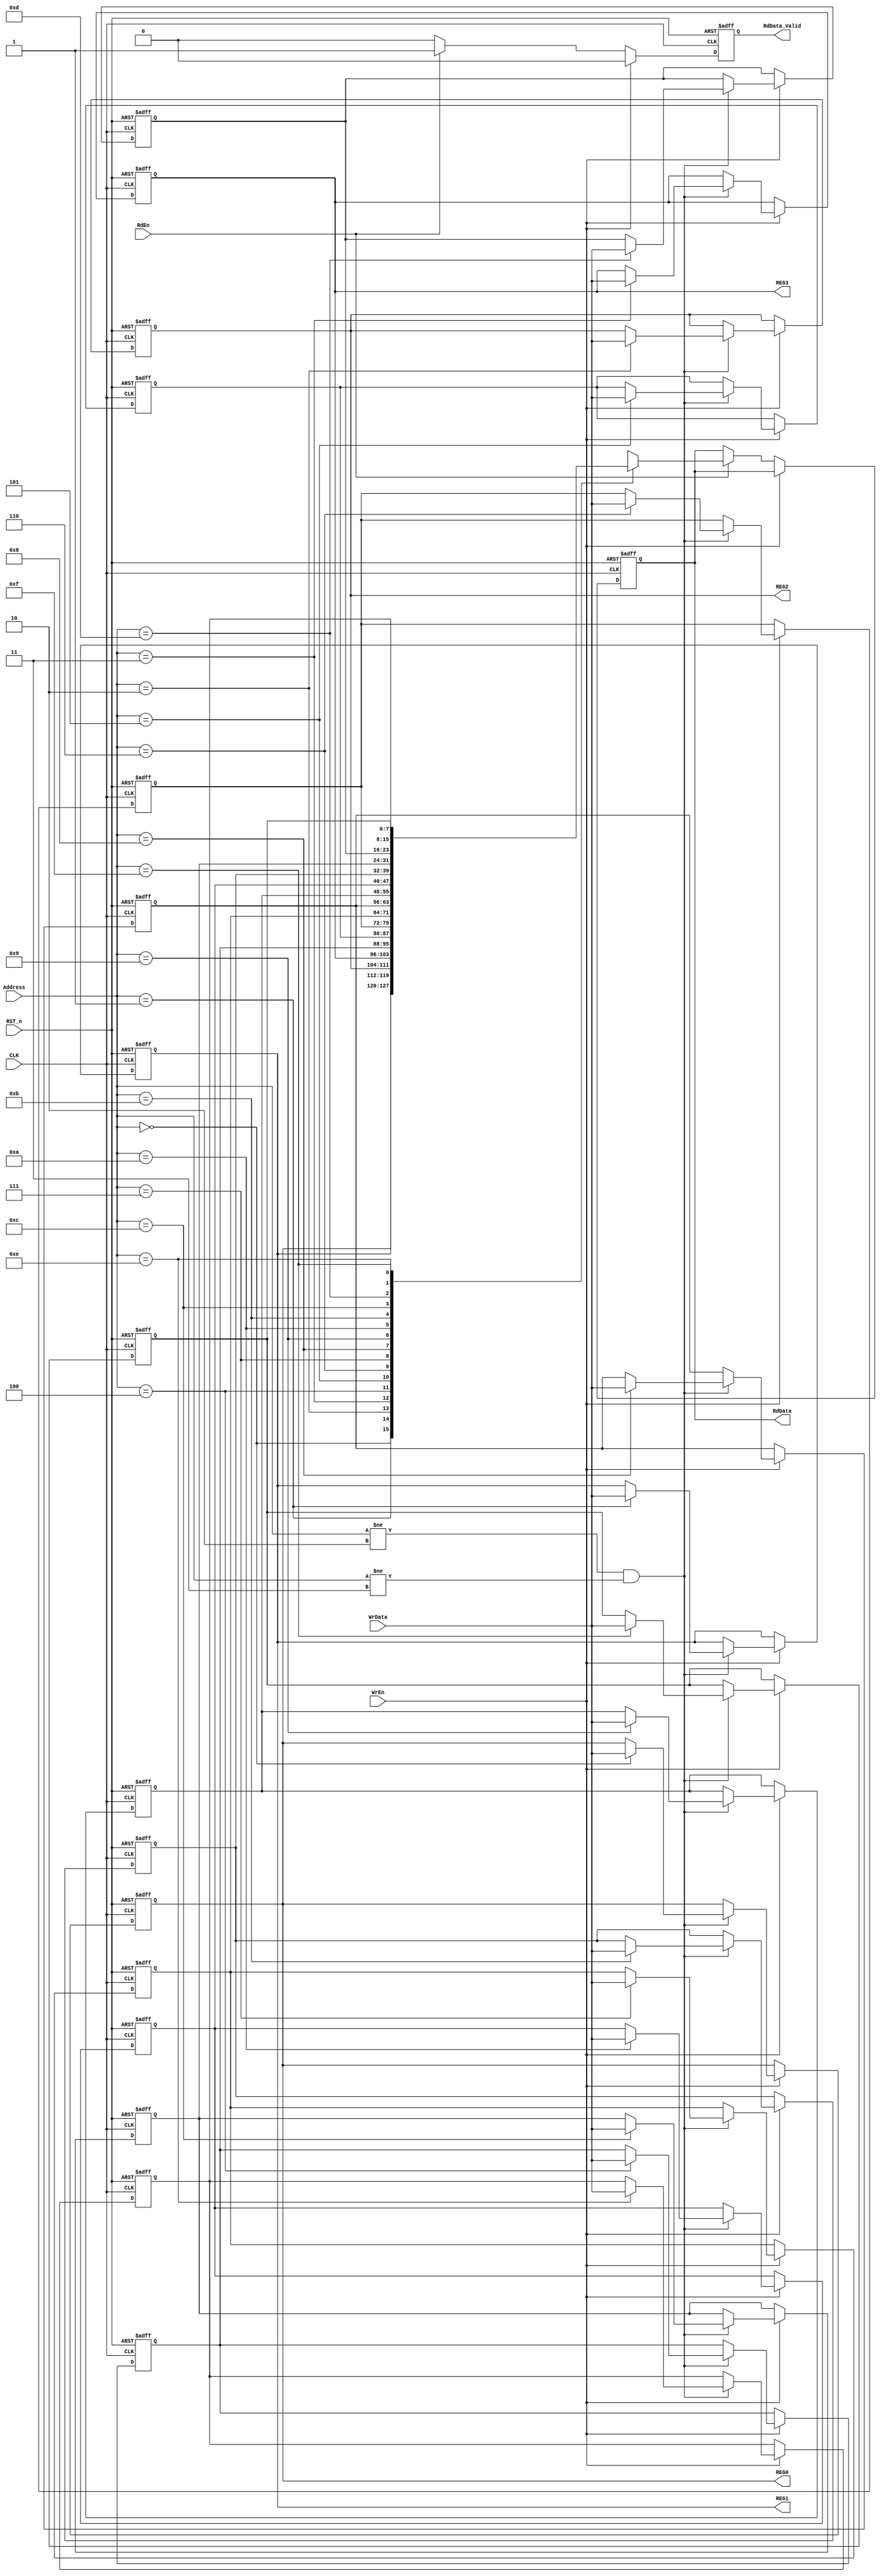
 module Register_File #(parameter WIDTH = 'd8 , parameter DEPTH = 'd16 , parameter PRESCALE = 6'd32 , parameter PAR_TYP = 1'b0 , parameter PAR_EN = 1'b1)
(
input CLK                             ,
input RST_n                           ,
input RdEn,WrEn                       ,
input [$clog2(DEPTH) - 1:0] Address   ,
input [WIDTH - 1 :0] WrData           ,

output reg [WIDTH - 1 :0] RdData      ,
output reg RdData_Valid               ,

output [WIDTH - 1 :0] REG0            ,
output [WIDTH - 1 :0] REG1            ,
output [WIDTH - 1 :0] REG2            ,
output [WIDTH - 1 :0] REG3
);





integer i ;
reg [WIDTH - 1:0] reg_file [0:DEPTH - 1];

assign REG0 = reg_file[0] ;
assign REG1 = reg_file[1] ;
assign REG2 = reg_file[2] ;
assign REG3 = reg_file[3] ;


always @(posedge CLK, negedge RST_n) begin
  if (!RST_n) begin
      
      reg_file[4'h0] <= 0;                  // ALU OPERAND A
      reg_file[4'h1] <= 0;                  // ALU OPERAND B
      reg_file[4'h2] <= {PRESCALE,PAR_TYP,PAR_EN};  // [7:2]--> Prescale , 1 --> PARITY TYPE , 0 --> PARITY ENABLE
      reg_file[4'h3] <= 8'd32;              // DIVISION RATION OF CLK DIVIDER
     
      for(i = 4 ; i < DEPTH ; i = i + 1)
      begin
        reg_file [i] <= 0 ;
      end

      RdData         <= 0;
      RdData_Valid   <= 0;
  end
  
  else if (WrEn) begin
    RdData_Valid <= 0;
    if( Address != 'h2 && Address != 'h3 )
       reg_file[Address] <= WrData;
  end
  
  else if (RdEn) begin 
    RdData <= reg_file[Address] ;
    RdData_Valid <= 1'b1 ;
  end


  else begin
    RdData_Valid <= 1'b0;
  end

end
endmodule